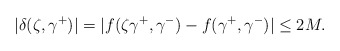
\begin{align*}|\delta(\zeta,\gamma^+)|=|f(\zeta\gamma^+,\gamma^-)-f(\gamma^+,\gamma^-)|\leq 2M.\end{align*}